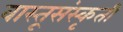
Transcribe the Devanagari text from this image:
वास्तूसंस्कृती